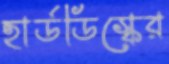
হার্ডডিস্কের